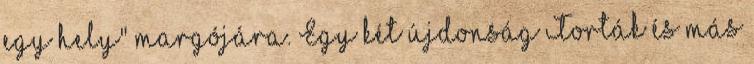
egy hely" margójára. Egy két újdonság Torták és más